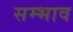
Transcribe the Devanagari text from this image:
सम्भाव